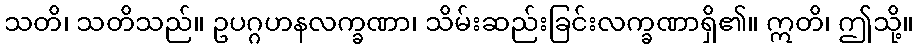
သတိ၊ သတိသည်။ ဥပဂ္ဂဟနလက္ခဏာ၊ သိမ်းဆည်းခြင်းလက္ခဏာရှိ၏။ ဣတိ၊ ဤသို့။